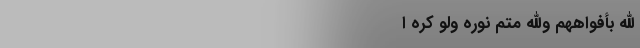
اللَّهِ بِأَفْوَاهِهِمْ وَاللَّهُ مُتِمُّ نُورِهِ وَلَوْ كَرِهَ ا